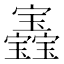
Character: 𡬏